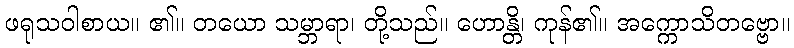
ဖရုသဝါစာယ။ ၏။ တယော သမ္ဘာရာ၊ တို့သည်။ ဟောန္တိ၊ ကုန်၏။ အက္ကောသိတဗ္ဗော။